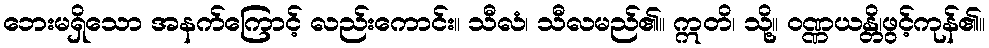
ဘေးမရှိသော အနက်ကြောင့် လည်းကောင်း။ သီလံ၊ သီလမည်၏။ ဣတိ၊ သို့။ ဝဏ္ဏယန္တိ၊ဖွင့်ကုန်၏။